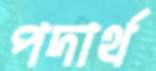
পদার্থ